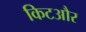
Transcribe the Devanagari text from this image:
किटऔर